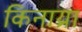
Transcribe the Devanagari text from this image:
किनाय्रा